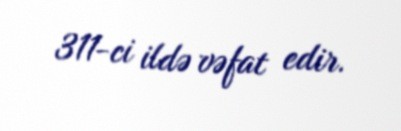
311-ci ildə vəfat edir.